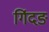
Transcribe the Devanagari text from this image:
गिंदङ